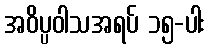
အဝိပ္ပဝါသအရပ် ၁၅-ပါး